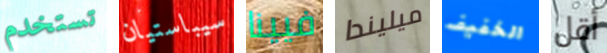
تستخدم سيباستيان فيينا ميليندا الخفيف أقل